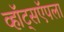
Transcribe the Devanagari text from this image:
व्हॉट्सऍपला